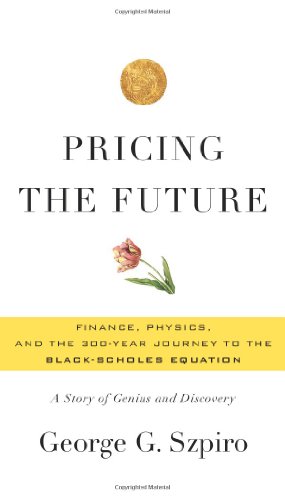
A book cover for Pricing the Future: Finance, Physics, and the 300-year Journey to the Black-Scholes Equation; George G. Szpiro; Business & Money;